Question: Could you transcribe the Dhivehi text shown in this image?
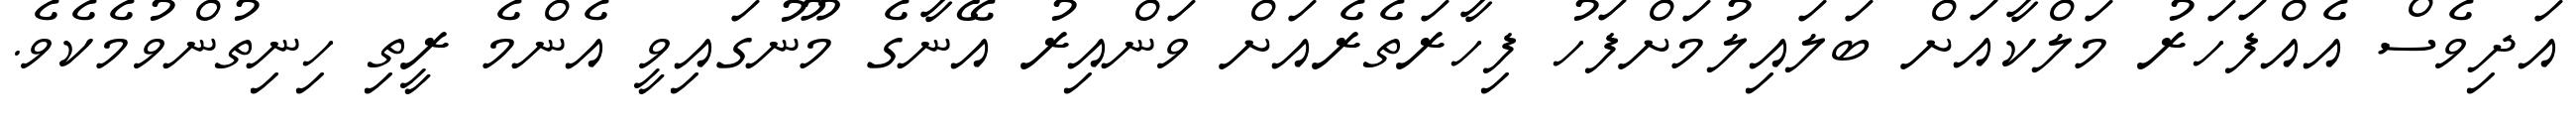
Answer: އަދިވެސް އެއްފަހަރު މަލްކާއަށް ބަލައިލުމަށްފަހު ފިހާރަތެރެއަށް ވަންއިރު އޭނާގެ މޫނުގައިވީ އެންމެ ރީތި ހިނިތުންވުމެކެވެ.